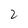
Character: 2